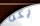
يكن